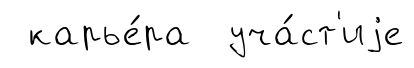
карье́ра уча́ст'иjе